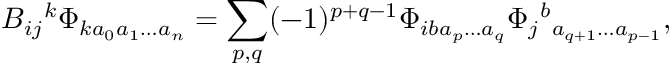
B _ { i j } { } ^ { k } \Phi _ { k a _ { 0 } a _ { 1 } \ldots a _ { n } } = \sum _ { p , q } ( - 1 ) ^ { p + q - 1 } \Phi _ { i b a _ { p } \ldots a _ { q } } \Phi _ { j } { } ^ { b } { } _ { a _ { q + 1 } \ldots a _ { p - 1 } } ,